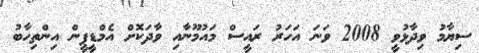
ސިޔާމު ވިދާޅުވީ 2008 ވަނަ އަހަރު ރައީސް މައުމޫނާއި ވާދަކޮށް އެމްޑީޕީން އިންތިހާބު